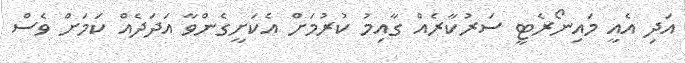
އަދި އެއީ މައިނޯރެޓީ ސަރުކާރެއް ގާއިމު ކުރުމަށް އެކަށީގެންވާ އަދަދެއް ކަމަށް ވެސް